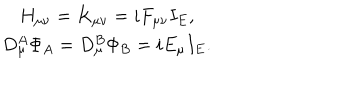
\begin{array} { c } { { H _ { \mu \nu } = K _ { \mu \nu } = i F _ { \mu \nu } I _ { E } , } } \\ { { D _ { \mu } ^ { A } \Phi _ { A } = D _ { \mu } ^ { B } \Phi _ { B } = i E _ { \mu } I _ { E } . } } \\ \end{array}